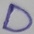
Text: D